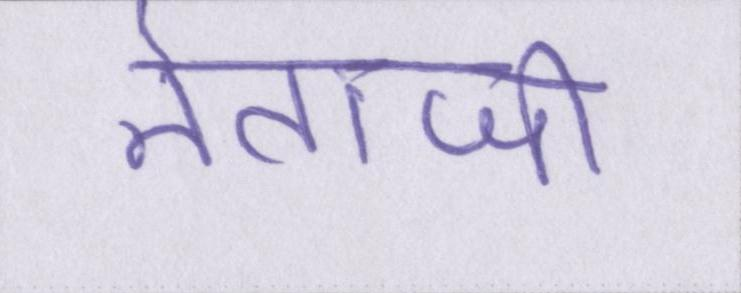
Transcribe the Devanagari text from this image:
नेताजी